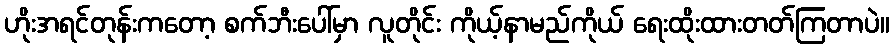
ဟိုးအရင်တုန်းကတော့ စက်ဘီးပေါ်မှာ လူတိုင်း ကိုယ့်နာမည်ကိုယ် ရေးထိုးထားတတ်ကြတာပဲ။